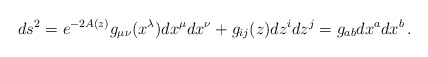
\begin{align*}ds^2= e^{-2A(z)} g_{\mu\nu}(x^\lambda)dx^{\mu}dx^{\nu}+g_{ij}(z)dz^i dz^j= g_{ab}dx^a dx^b\,.\end{align*}